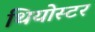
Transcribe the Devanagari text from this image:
थियोस्टर